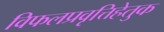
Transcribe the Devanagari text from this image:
विफलप्रवृत्तिहेतुक